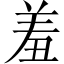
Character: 羞